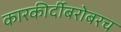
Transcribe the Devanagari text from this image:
कारकीर्दीबरोबरच